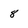
Character: 8